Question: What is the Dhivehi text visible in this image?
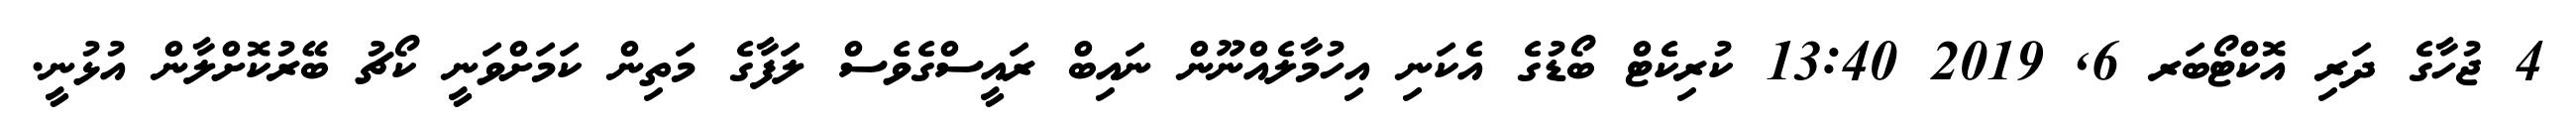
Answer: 4 ޖުހާގެ ދަރި އޮކްޓޯބަރ 6, 2019 13:40 ކުރިކެޓް ބޯޑުގެ އެކަނި އިހުމާލެއްނޫން ނައިބް ރައީސްގެވެސް ލަފާގެ މަތިން ކަމަށްވަނީ ކޯޗު ބޭރުކޮށްލާން އުޅުނީ.